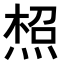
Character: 𤋐